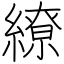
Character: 繚